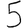
Digit: 5